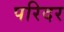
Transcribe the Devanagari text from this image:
परिदर